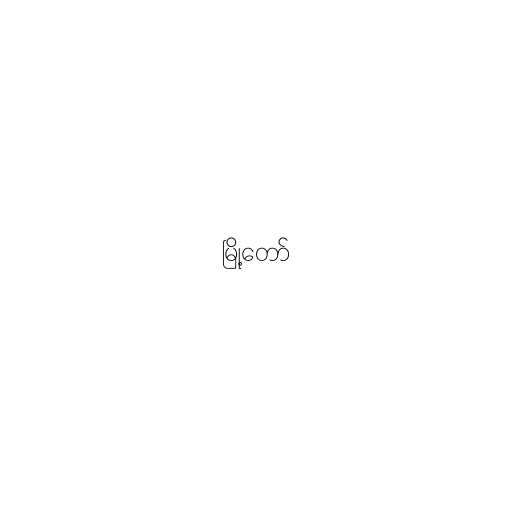
မြို့တော်